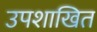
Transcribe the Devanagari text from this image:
उपशाखित